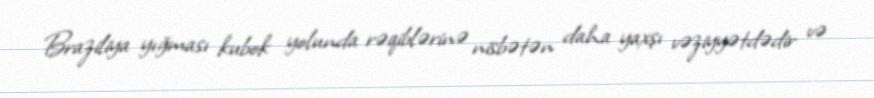
Braziliya yığması kubok yolunda rəqiblərinə nisbətən daha yaxşı vəziyyətdədir və